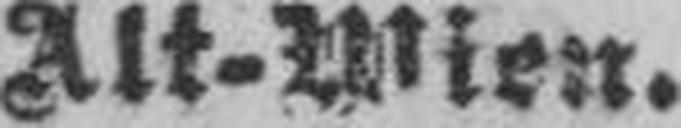
Alt-Wien.